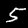
Digit: 5